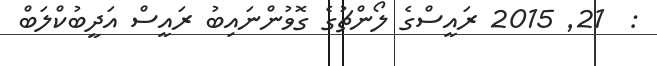
:  21